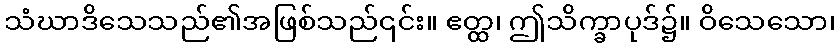
သံဃာဒိသေသည်၏အဖြစ်သည်၎င်း။ ဧတ္ထ၊ ဤသိက္ခာပုဒ်၌။ ဝိသေသော၊